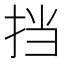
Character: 挡